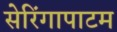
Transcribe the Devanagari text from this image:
सेरिंगापाटम